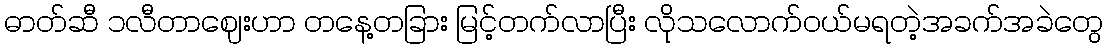
ဓာတ်ဆီ ၁လီတာဈေးဟာ တနေ့တခြား မြင့်တက်လာပြီး လိုသလောက်ဝယ်မရတဲ့အခက်အခဲတွေ